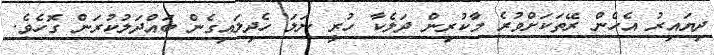
ދިޔައިރު އެހެން ރޭތަކަށްވުރެ މާކުރިން ދަލެކާ ހުރީ ނަލަ ހެދިލައިގެން ބައްދަލުކުރަން ގޮހެވެ.